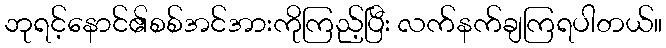
ဘုရင့်နောင်၏စစ်အင်အားကိုကြည့်ပြီး လက်နက်ချကြရပါတယ်။